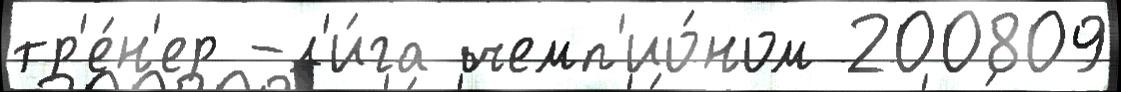
тр'е́н'ер -л'и́га чемп'ио́ном 200809